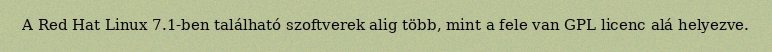
A Red Hat Linux 7.1-ben található szoftverek alig több, mint a fele van GPL licenc alá helyezve.